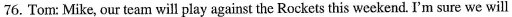
76. Tom: Mike, our team will play against the Rockets this weckend. I'm sure we will